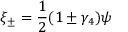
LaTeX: \xi _ { \pm } = \frac { 1 } { 2 } ( 1 \pm \gamma _ { 4 } ) \psi